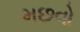
મછવો